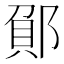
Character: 𮠂